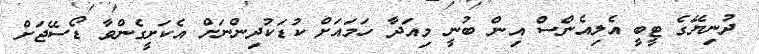
ދުނިޔޭގެ ޓީބީ އެލިއެންސް އިން ބުނީ މިއަދާ ހަމައަށް ކުޑަކުދިންނަށް އެކަށީގެންވާ ޑޯސޭޖަށް